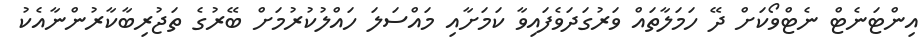
އިންޓަނެޓް ނެޓްވޯކަށް ދޭ ހަމަލާތައް ވަރުގަދަވެފައިވާ ކަމަށާއި މައްސަލަ ހައްލުކުރުމަށް ބޭރުގެ ތަޖުރިބާކާރުންނާއެކު